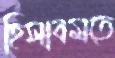
হিসাবমতে